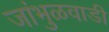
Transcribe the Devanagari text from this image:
जांभुळवाडी